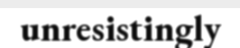
unresistingly